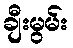
ချီးမွမ်း